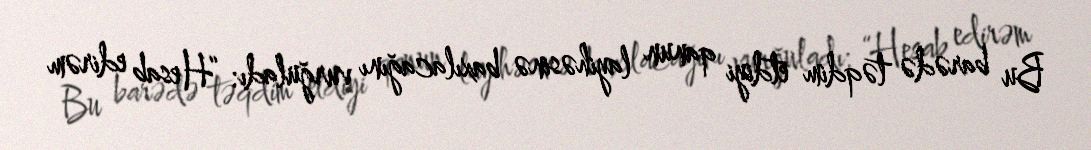
Bu barədə təqdim etdiyi qanun layihəsinə baxılacağını vurğuladı: “Hesab edirəm